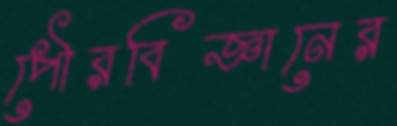
পৌরবিজ্ঞানের